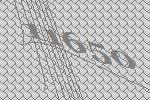
11650